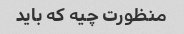
منظورت چیه که باید